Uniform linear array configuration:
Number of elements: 4
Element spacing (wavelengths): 1
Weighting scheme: exponential
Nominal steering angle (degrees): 0
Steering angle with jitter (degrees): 1.045
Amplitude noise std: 0.05
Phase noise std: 0.05

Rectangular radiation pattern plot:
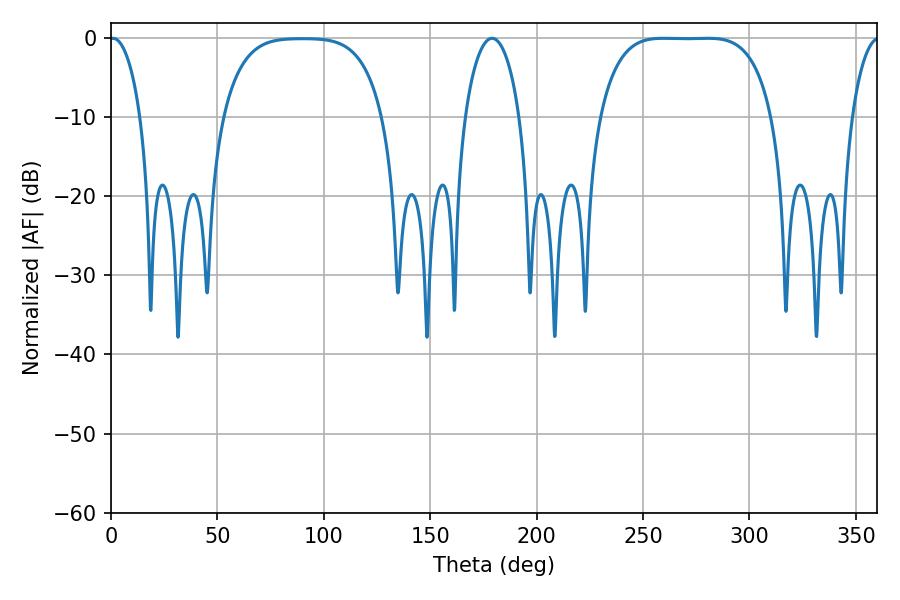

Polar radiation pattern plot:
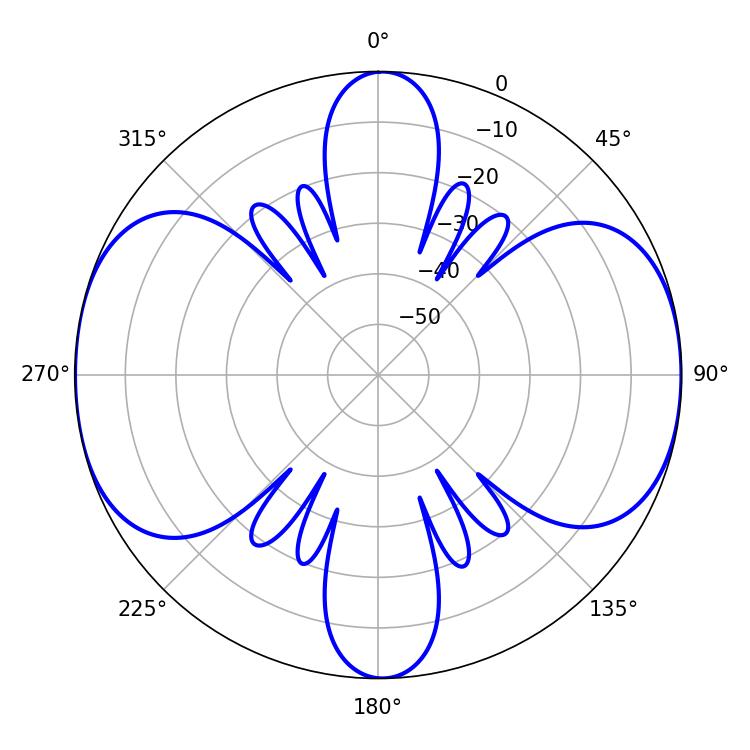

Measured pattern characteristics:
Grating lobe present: TRUE
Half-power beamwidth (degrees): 62.28
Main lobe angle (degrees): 259.56